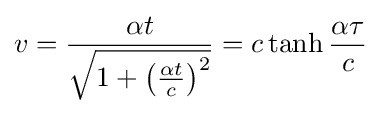
v={\frac {\alpha t}{\sqrt {1+\left({\frac {\alpha t}{c}}\right)^{2}}}}=c\tanh {\frac {\alpha \tau }{c}}